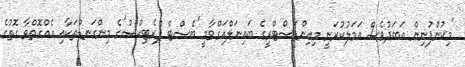
"މިކުންފުނިން އަބަދުވެސް އަމަލުކުރަނީ މިއިންޑަސްޓްރީގެ ބައިނަލްއަގްވާމީ 'ބެސްޓް ޕްރެޓިކްސް'ގެ މިންގަނޑުތަކާއި އެއްގޮތްވާ ގޮތުގެ